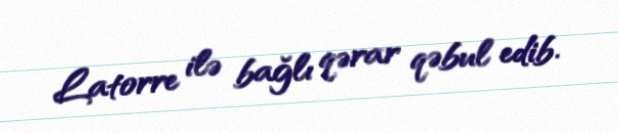
Latorre ilə bağlı qərar qəbul edib.